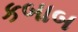
કબાબ